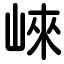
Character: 崍